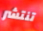
تنتشر